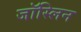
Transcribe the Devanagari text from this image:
जॉस्लिन